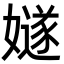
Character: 嬘